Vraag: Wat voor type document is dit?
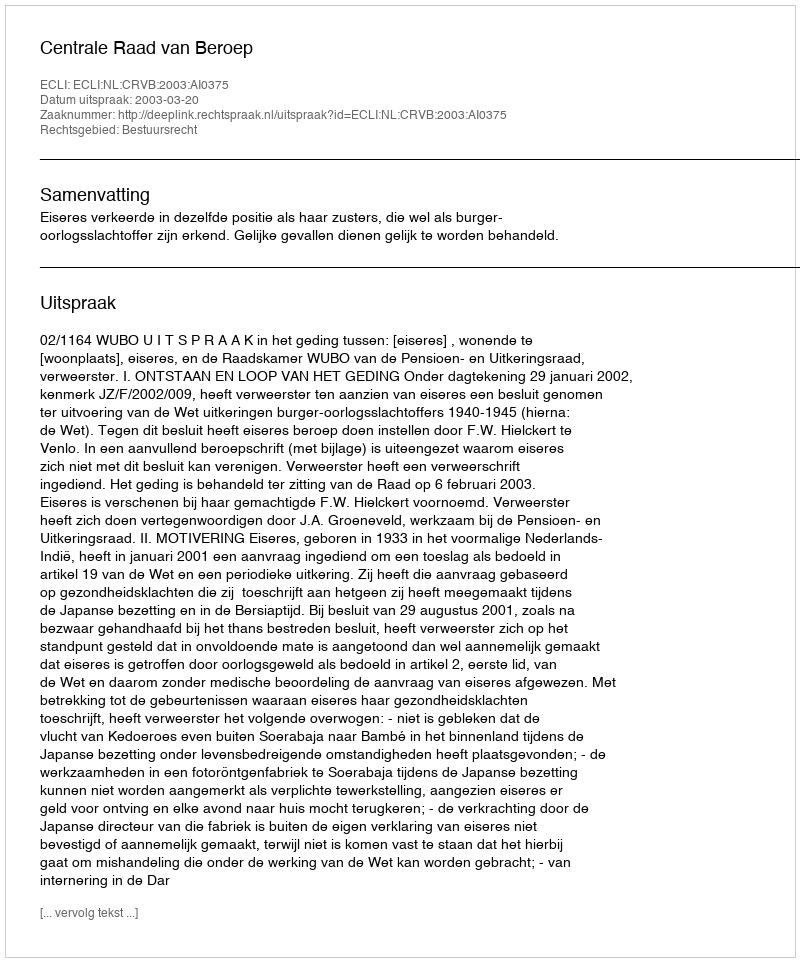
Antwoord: Uitspraak